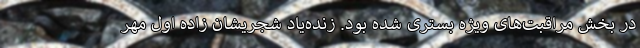
در بخش مراقبت‌های ویژه بستری شده بود. زنده‌یاد شجریشان زادهٔ اول مهر